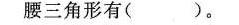
腰三角形有( )。